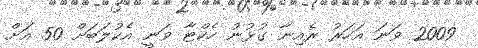
2009 ވަނަ އަހަރު ރެއިނާ ގުޅުނު ހެކްޓާ ވަނީ އެކުލަބަށް 50 އަށް